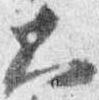
大